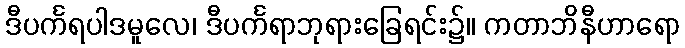
ဒီပင်္ကရပါဒမူလေ၊ ဒီပင်္ကရာဘုရားခြေရင်း၌။ ကတာဘိနီဟာရော